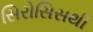
સિરોસિસથી